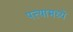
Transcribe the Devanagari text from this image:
पत्त्यामध्ये